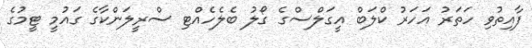
ފާއިތުވި ހަތަރު އަހަރު ކްލަބް އީގަލްސްގެ ގޯލު ބެލެހެއްޓި ސްރީލަންކާގެ ގައުމީ ޓީމުގެ